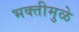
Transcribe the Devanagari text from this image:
भक्तीमुळे